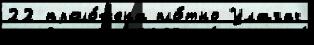
22 проло́жена пло́тно Улагач